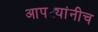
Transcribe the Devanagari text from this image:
आपट्यांनीच